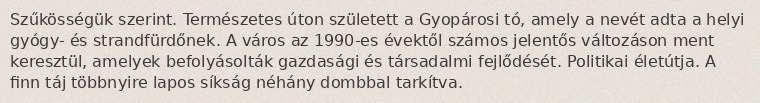
Szűkösségük szerint. Természetes úton született a Gyopárosi tó, amely a nevét adta a helyi gyógy- és strandfürdőnek. A város az 1990-es évektől számos jelentős változáson ment keresztül, amelyek befolyásolták gazdasági és társadalmi fejlődését. Politikai életútja. A finn táj többnyire lapos síkság néhány dombbal tarkítva.